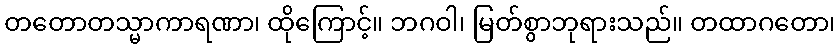
တတောတသ္မာကာရဏာ၊ ထိုကြောင့်။ ဘဂဝါ၊ မြတ်စွာဘုရားသည်။ တထာဂတော၊